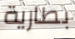
بطارية